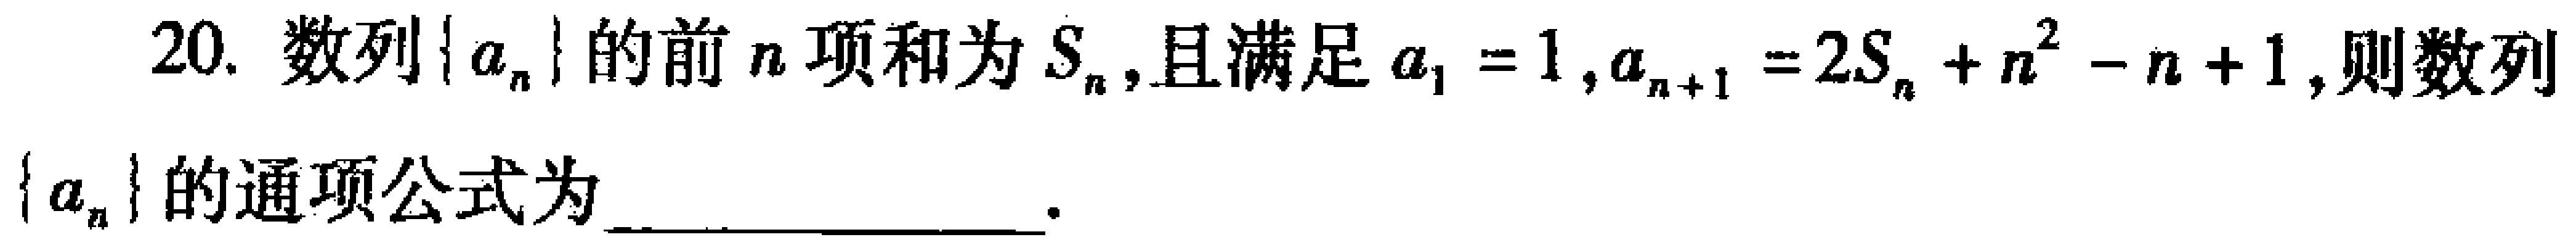
20. 数列\(\{ a_{n}\}\)的前\(n\)项和为\(S_{n}\),且满足\(a_{1}=1,a_{n + 1}=2S_{n}+n^{2}-n + 1\),则数列\(\{ a_{n}\}\)的通项公式为_________________.